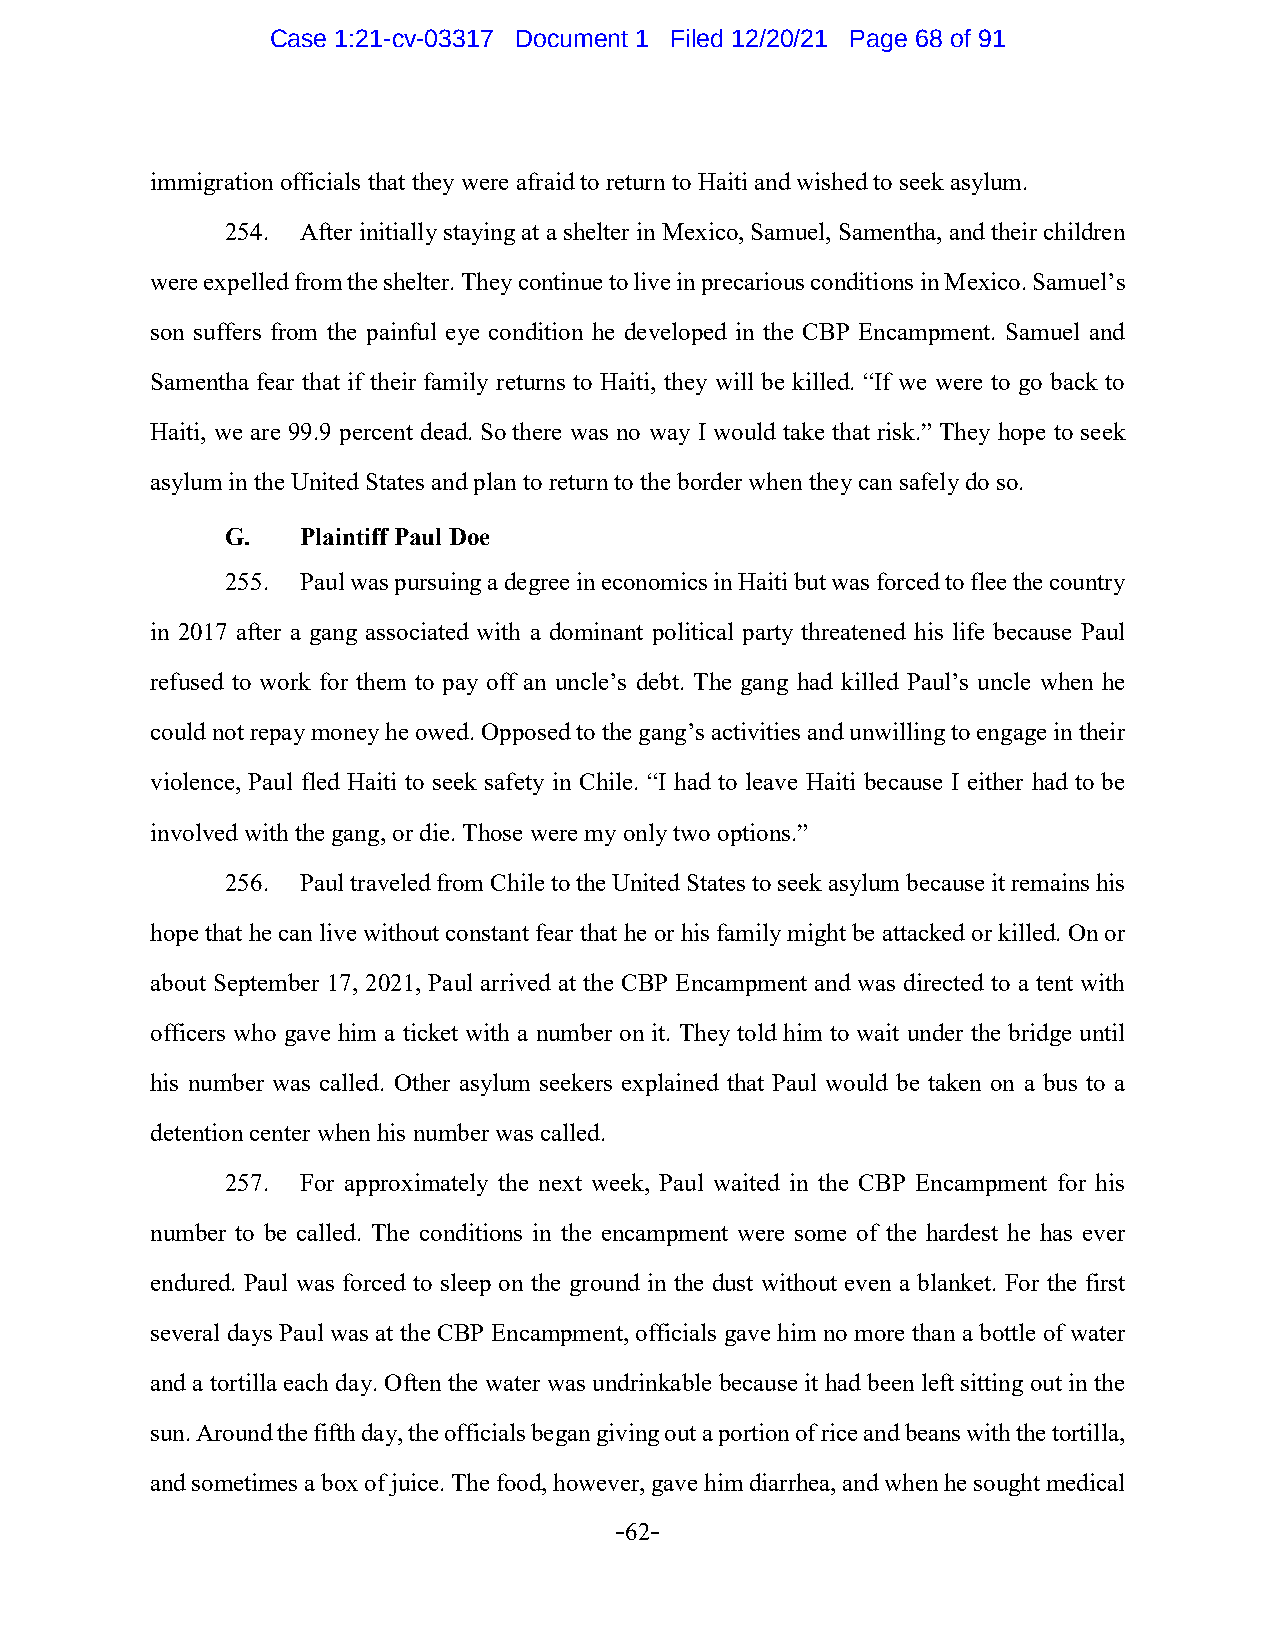
Case 1:21-cv-03317 Document 1 Filed 12/20/21 Page 68 of 91
 immigration officials that they were afraid to return to Haiti and wished to seek asylum.
 254. After initially staying at a shelter in Mexico, Samuel, Samentha, and their children
 were expelled from the shelter. They continue to live in precarious conditions in Mexico. Samuel’s
 son suffers from the painful eye condition he developed in the CBP Encampment. Samuel and
 Samentha fear that if their family returns to Haiti, they will be killed. “If we were to go back to
 Haiti, we are 99.9 percent dead. So there was no way I would take that risk.” They hope to seek
 asylum in the United States and plan to return to the border when they can safely do so.
 G.   Plaintiff Paul Doe
 255. Paul was pursuing a degree in economics in Haiti but was forced to flee the country
 in 2017 after a gang associated with a dominant political party threatened his life because Paul
 refused to work for them to pay off an uncle’s debt. The gang had killed Paul’s uncle when he
 could not repay money he owed. Opposed to the gang’s activities and unwilling to engage in their
 violence, Paul fled Haiti to seek safety in Chile. “I had to leave Haiti because I either had to be
 involved with the gang, or die. Those were my only two options.”
 256. Paul traveled from Chile to the United States to seek asylum because it remains his
 hope that he can live without constant fear that he or his family might be attacked or killed. On or
 about September 17, 2021, Paul arrived at the CBP Encampment and was directed to a tent with
 officers who gave him a ticket with a number on it. They told him to wait under the bridge until
 his number was called. Other asylum seekers explained that Paul would be taken on a bus to a
 detention center when his number was called.
 257. For approximately the next week, Paul waited in the CBP Encampment for his
 number to be called. The conditions in the encampment were some of the hardest he has ever
 endured. Paul was forced to sleep on the ground in the dust without even a blanket. For the first
 several days Paul was at the CBP Encampment, officials gave him no more than a bottle of water
 and a tortilla each day. Often the water was undrinkable because it had been left sitting out in the
 sun. Around the fifth day, the officials began giving out a portion of rice and beans with the tortilla,
 and sometimes a box of juice. The food, however, gave him diarrhea, and when he sought medical
 -62-